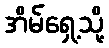
အိမ်ရှေ့သို့